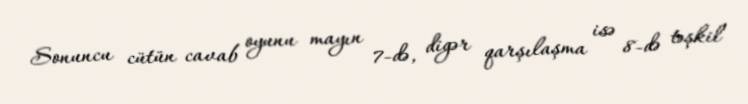
Sonuncu cütün cavab oyunu mayın 7-də, digər qarşılaşma isə 8-də təşkil